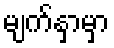
မျက်နှာမှာ